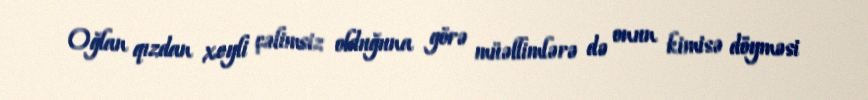
Oğlan qızdan xeyli çəlimsiz olduğuna görə müəllimlərə də onun kimisə döyməsi